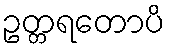
ဥတ္တရတောပိ